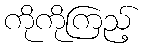
ကိုကိုကြည့်